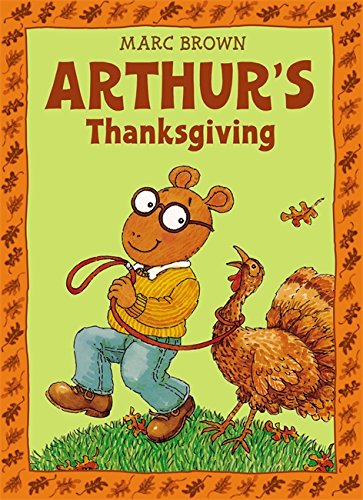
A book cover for Arthur's Thanksgiving (Arthur Adventure Series); Marc Brown; Children's Books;